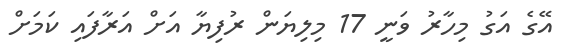
އޭގެ އަގު މިހާރު ވަނީ 17 މިލިޔަން ރުފިޔާ އަށް އަރާފައި ކަމަށް